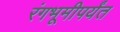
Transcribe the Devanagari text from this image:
रंगभूमीपर्यंत